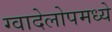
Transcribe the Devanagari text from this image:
ग्वादेलोपमध्ये